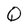
Character: Q